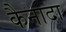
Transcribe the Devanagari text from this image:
कैनादा